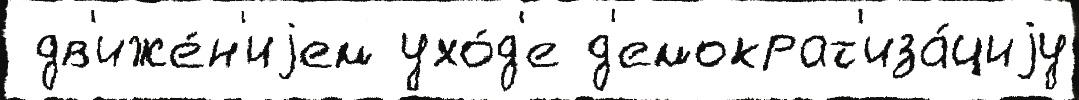
 дв'иже́н'иjем ухо́д'е д'емократ'иза́циjу